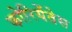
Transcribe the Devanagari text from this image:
कोरियेंतेस